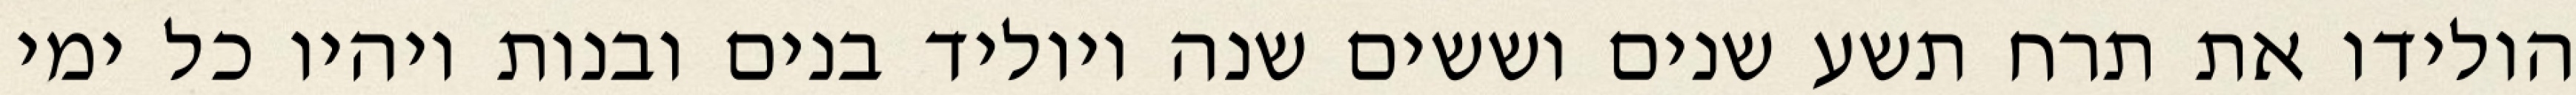
הולידו את תרח תשע שנים וששים שנה ויוליד בנים ובנות ויהיו כל ימי